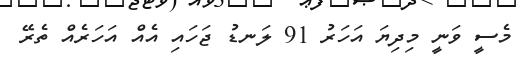
މެސީ ވަނީ މިދިޔަ އަހަރު 91 ލަނޑު ޖަހައި އެއް އަހަރެއް ތެރޭ